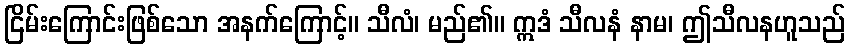
ငြိမ်းကြောင်းဖြစ်သော အနက်ကြောင့်။ သီလံ၊ မည်၏။ ဣဒံ သီလနံ နာမ၊ ဤသီလနဟူသည်